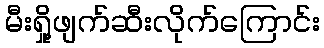
မီးရှို့ဖျက်ဆီးလိုက်ကြောင်း